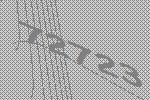
72723